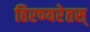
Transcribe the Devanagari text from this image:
हिरण्यरेतस्